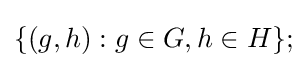
\{(g,h):g\in G,h\in H\};